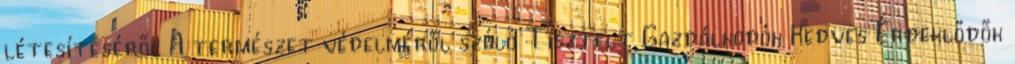
létesítéséről A természet védelméről szóló Tisztelt Gazdálkodók Kedves Érdeklődők